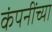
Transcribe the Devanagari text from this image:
कंपनींच्या